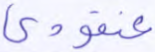
عنقودي